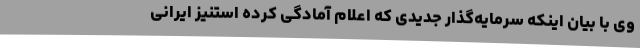
وی با بیان اینکه سرمایه‌گذار جدیدی که اعلام آمادگی کرده استنیز ایرانی